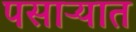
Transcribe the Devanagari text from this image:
पसाऱ्यात